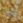
إذا